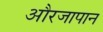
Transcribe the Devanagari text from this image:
औरजापान